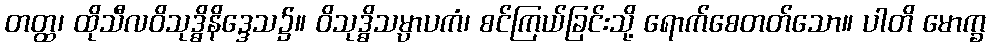
တတ္ထ၊ ထိုသီလဝိသုဒ္ဓိနိဒ္ဒေသ၌။ ဝိသုဒ္ဓိသမ္ပာပကံ၊ စင်ကြယ်ခြင်းသို့ ရောက်စေတတ်သော။ ပါတိ မောက္ခ